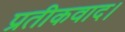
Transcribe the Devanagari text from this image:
प्रतीकवाद।